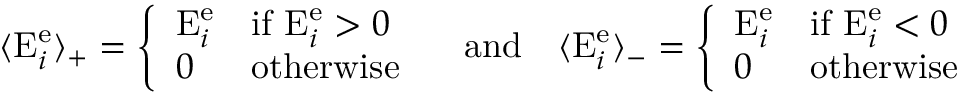
\langle \mathrm { E } _ { i } ^ { \mathrm { e } } \rangle _ { + } = \left\{ \begin{array} { l l } { \mathrm { E } _ { i } ^ { \mathrm { e } } } & { \mathrm { i f ~ } \mathrm { E } _ { i } ^ { \mathrm { e } } > 0 } \\ { 0 } & { \mathrm { o t h e r w i s e } } \end{array} \right. \quad \mathrm { a n d } \quad \langle \mathrm { E } _ { i } ^ { \mathrm { e } } \rangle _ { - } = \left\{ \begin{array} { l l } { \mathrm { E } _ { i } ^ { \mathrm { e } } } & { \mathrm { i f ~ } \mathrm { E } _ { i } ^ { \mathrm { e } } < 0 } \\ { 0 } & { \mathrm { o t h e r w i s e } } \end{array} \right.